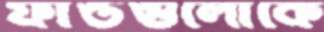
ফান্ডগুলোকে